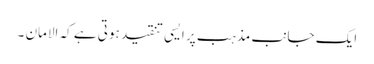
ایک جانب مذہب پر ایسی تنقید ہوتی ہے کہ الامان ۔